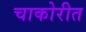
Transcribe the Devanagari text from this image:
चाकोरीत